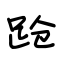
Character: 跄